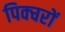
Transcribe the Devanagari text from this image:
पिक्चरों